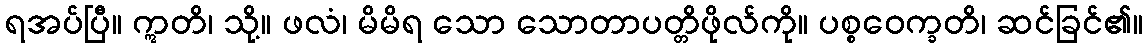
ရအပ်ပြီ။ ဣတိ၊ သို့။ ဖလံ၊ မိမိရ သော သောတာပတ္တိဖိုလ်ကို။ ပစ္စဝေက္ခတိ၊ ဆင်ခြင်၏။